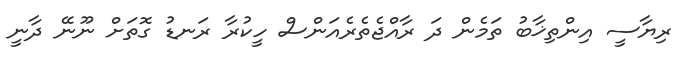
ރިޔާސީ އިންތިޚާބު ތަމެން ދަ ރާއްޖެތެރެއަންސް ހީކުރާ ރަނޑު ގޮތަށް ނޫނޭ ދާނީ